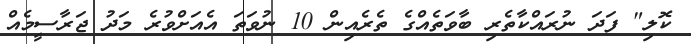
ކޮލި" ފަދަ ނުރައްކާތެރި ބާވަތެއްގެ ތެރެއިން 10 ނުވަތަ އެއަށްވުރެ މަދު ޖަރާސީމެއް